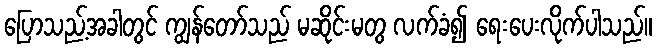
ပြောသည့်အခါတွင် ကျွန်တော်သည် မဆိုင်းမတွ လက်ခံ၍ ရေးပေးလိုက်ပါသည်။